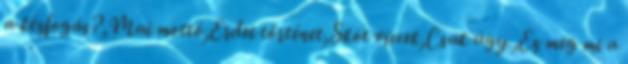
a kézfogás?,Mai mottó,Erdei történet,Skót viccek,Csak úgy.,Ez meg mi a